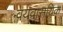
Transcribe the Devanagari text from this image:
वयवासयिक